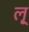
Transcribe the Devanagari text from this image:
लृ्